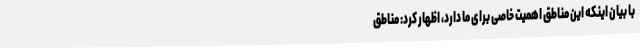
با بیان اینکه این مناطق اهمیت خاصی برای ما دارد، اظهار کرد: مناطق